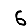
Digit: 6